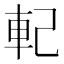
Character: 𨊲